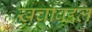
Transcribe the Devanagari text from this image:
खर्चाबद्दल